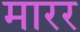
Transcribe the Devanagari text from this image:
मारर